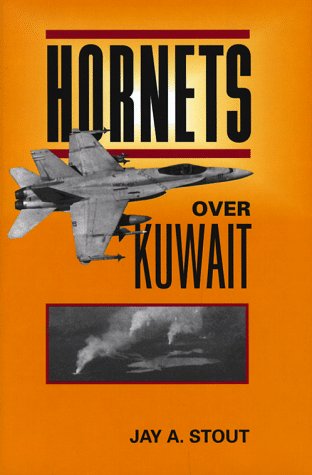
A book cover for Hornets Over Kuwait; Jay A. Stout; History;